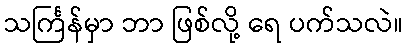
သင်္ကြန်မှာ ဘာ ဖြစ်လို့ ရေ ပက်သလဲ။